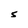
Character: S